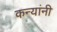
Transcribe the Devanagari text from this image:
कन्यांनी